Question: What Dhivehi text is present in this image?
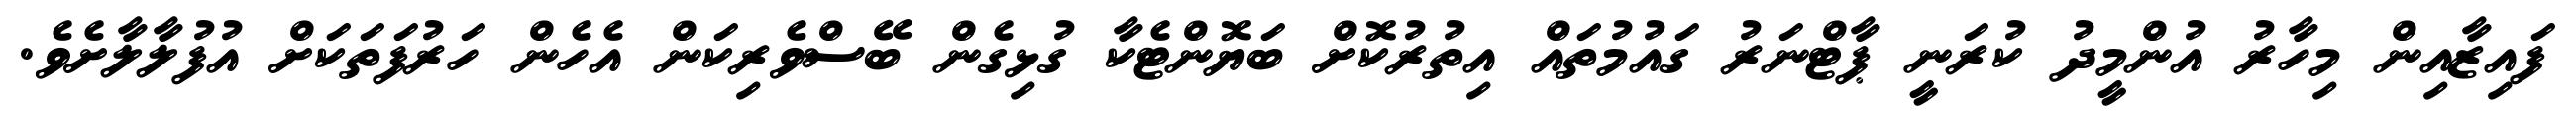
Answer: ފައިޒާއިން މިހާރު އުންމީދު ކުރަނީ ޕާޓްނަރު ގައުމުތައް އިތުރުކޮށް ބަޔޮންޓެކާ ގުޅިގެން ބޭސްވެރިކަން އެހެން ހަރުފަތަކަށް އުފުލާލާށެވެ.